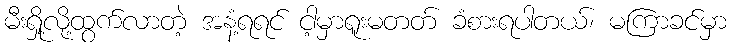
မီးရှို့လို့ထွက်လာတဲ့ အနံ့ရရင် ငါ့မှာရူးမတတ် ခံစားရပါတယ်၊ မကြာခင်မှာ